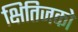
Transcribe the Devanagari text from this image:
क्षितिजको